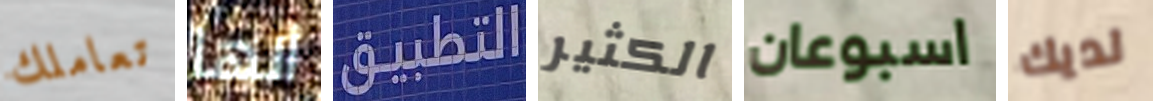
تعاملك أنها التطبيق الكثير اسبوعان لديك